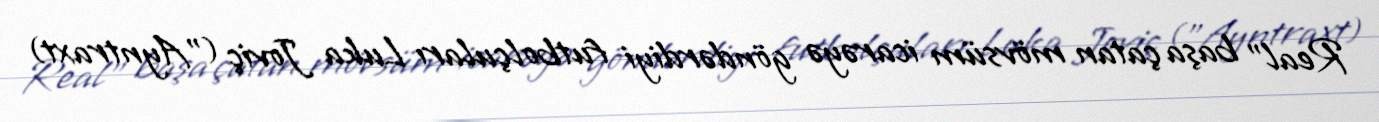
Real" başa çatan mövsüm icarəyə göndərdiyi futbolçuları Luka Joviç ("Ayntraxt)